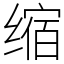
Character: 缩